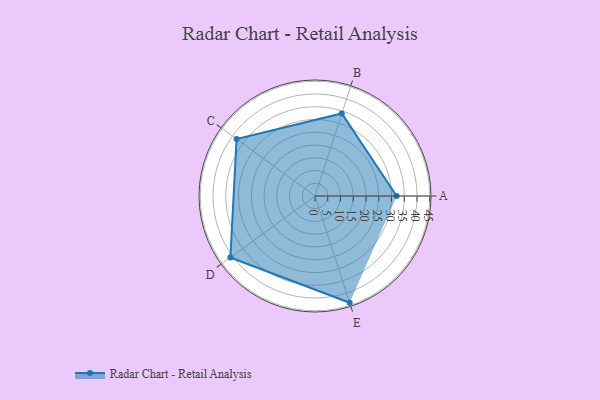
{"axis": {"x": "Skill", "y": "Score"}, "legend": ["Profile"], "data": [{"x": "A", "y": 32.0, "type": "Profile"}, {"x": "B", "y": 34.0, "type": "Profile"}, {"x": "C", "y": 38.0, "type": "Profile"}, {"x": "D", "y": 41.0, "type": "Profile"}, {"x": "E", "y": 44.0, "type": "Profile"}]}